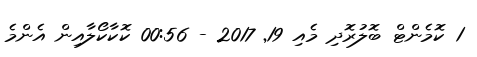
1 ކޮމެންޓް ބޮލުރޮދި މެއި 19